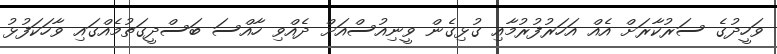
ވަހީދުގެ ސަރުކާރަށް އެއް އަހަރުފުރުމާއި ގުޅިގެން ވީނިއުސްއަށް ދެއްވި ހާއްސަ ބަސްދީގަތުމެއްގައި ވާހަކަފުޅު